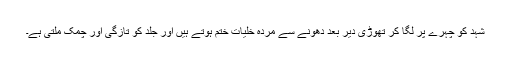
شہد کو چہرے پر لگا کر تھوڑی دیر بعد دھونے سے مُردہ خلیات ختم ہوتے ہیں اور جلد کو تازگی اور چمک ملتی ہے۔